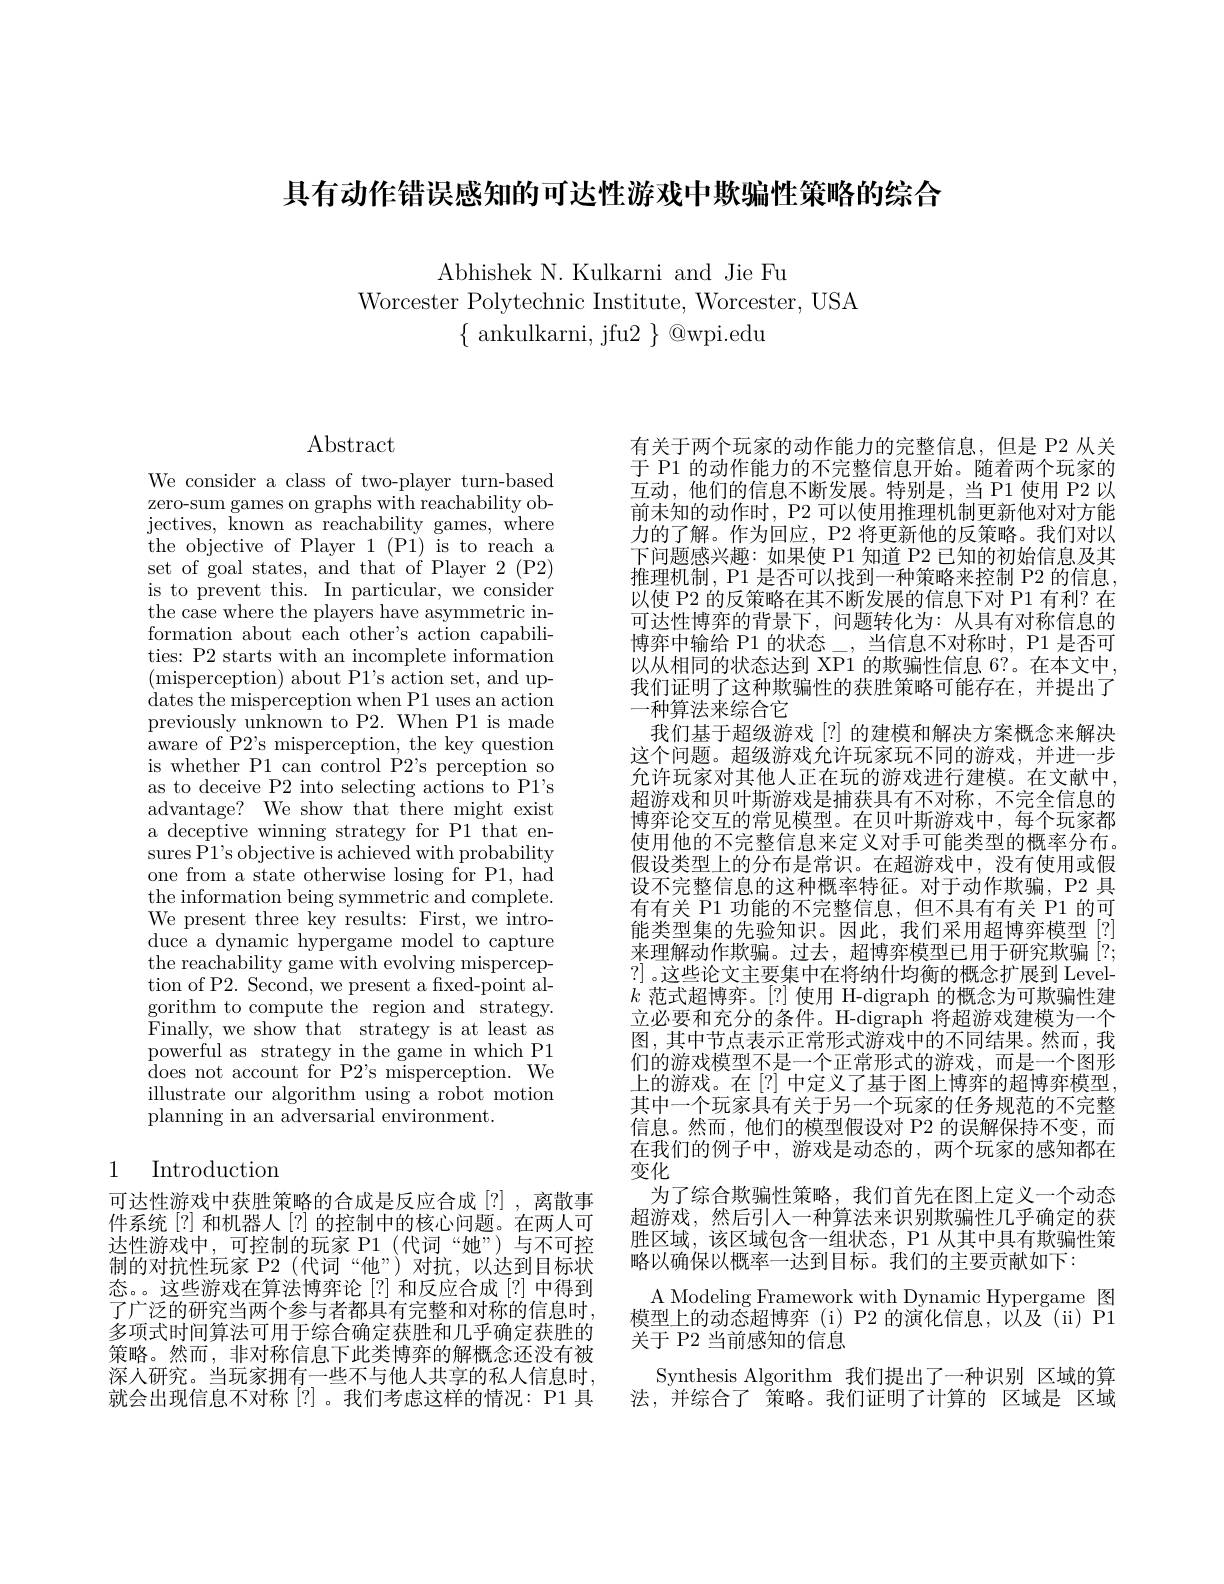
具有动作错误感知的可达性游戏中欺骗性策略的综合

Abhishek N. Kulkarni and Jie Fu
Worcester Polytechnic Institute, Worcester, USA
$\{$ ankulkarni, jfu2 $\}$ @wpi.edu

Abstract

We consider a class of two-player turn-based zero-sum games on graphs with reachability objectives, known as reachability games, where the objective of Player 1 (P1) is to reach a set of goal states, and that of Player 2 (P2) is to prevent this. In particular, we consider the case where the players have asymmetric information about each other's action capabilities: P2 starts with an incomplete information (misperception) about P1's action set, and updates the misperception when P1 uses an action previously unknown to P2. When P1 is made aware of P2's misperception, the key question is whether P1 can control P2's perception so as to deceive P2 into selecting actions to P1's advantage? We show that there might exist a deceptive winning strategy for P1 that ensures P1's objective is achieved with probability one from a state otherwise losing for P1, had the information being symmetric and complete. We present three key results: First, we introduce a dynamic hypergame model to capture the reachability game with evolving misperception of P2. Second, we present a fxed-point algorithm to compute the region and strategy. Finally, we show that strategy is at least as powerful as strategy in the game in which P1 ${\mathrm{~does~not~account~for~P2's~misperception.~We}}$ illustrate our algorithm using a robot motion planning in an adversarial environment.

# 1 Introduction

可达性游戏中获胜策略的合成是反应合成[?],离散事件系统[?] 和机器人[?] 的控制中的核心问题。在两人可达性游戏中，可控制的玩家 P1(代词“她”)与不可控制的对抗性玩家 P2(代词“他”)对抗，以达到目标状态。这些游戏在算法博弈论[?] 和反应合成[?] 中得到了广泛的研究当两个参与者都具有完整和对称的信息时， 多项式时间算法可用于综合确定获胜和几乎确定获胜的策略。然而，非对称信息下此类博弈的解概念还没有被深人研究。当玩家拥有一些不与他人共享的私人信息时， 就会出现信息不对称[?]。我们考虑这样的情况：P1 具

有关于两个玩家的动作能力的完整信息，但是 P2 从关于 P1 的动作能力的不完整信息开始。随着两个玩家的互动，他们的信息不断发展。特别是，当 P1 使用 P2 以前未知的动作时，P2 可以使用推理机制更新他对对方能力的了解。作为回应，P2 将更新他的反策略。我们对以下问题感兴趣：如果使 P1 知道 P2 已知的初始信息及其推理机制，P1 是否可以找到一种策略来控制 P2 的信息， 以使 P2 的反策略在其不断发展的信息下对 P1 有利？在可达性博弈的背景下，间题转化为：从具有对称信息的博弈中输给 P1 的状态\_,当信息不对称时，P1 是否可以从相同的状态达到 XP1 的欺骗性信息 6?。在本文中， 我们证明了这种欺骗性的获胜策略可能存在，并提出了一种算法来综合它
我们基于超级游戏[?] 的建模和解决方案概念来解决这个问题。超级游戏允许玩家玩不同的游戏，并进一步允许玩家对其他人正在玩的游戏进行建模。在文献中超游戏和贝叶斯游戏是捕获具有不对称，不完全信息的博弈论交互的常见模型。在贝叶斯游戏中，每个玩家都使用他的不完整信息来定义对手可能类型的概率分布。假设类型上的分布是常识。在超游戏中，没有使用或假设不完整信息的这种概率特征。对于动作欺骗，P2 具有有关 P1 功能的不完整信息，但不具有有关 P1 的可能类型集的先验知识。因此，我们采用超博弈模型[?] 来理解动作欺骗。过去，超博弈模型已用于研究欺骗[?; ?] 。这些论文主要集中在将纳什均衡的概念扩展到 Level- $k$范式超博弈。[?]使用 H-digraph 的概念为可欺骗性建立必要和充分的条件。H-digraph 将超游戏建模为一个图，其中节点表示正常形式游戏中的不同结果。然而，我们的游戏模型不是一个正常形式的游戏，而是一个图形上的游戏。在[?] 中定义了基于图上博弈的超博弈模型， 其中一个玩家具有关于另一个玩家的任务规范的不完整信息。然而，他们的模型假设对 P2 的误解保持不变，而在我们的例子中，游戏是动态的，两个玩家的感知都在变化
为了综合欺骗性策略，我们首先在图上定义一个动态超游戏，然后引入一种算法来识别欺骗性几乎确定的获胜区域，该区域包含一组状态，P1 从其中具有欺骗性策略以确保以概率一达到目标。我们的主要贡献如下：
A Modeling Framework with Dynamic Hypergame 图$\bar{\text{模型上的动态超博弈(i)P2 的演化信息，以及(ii)P1}}$ 关于 P2 当前感知的信息
Synthesis Algorithm 我们提出了一种识别 区域的算法，并综合了 策略。我们证明了计算的 区域是 区域